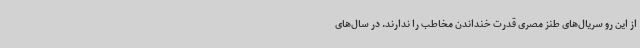
از این رو سریال‌های طنز مصری قدرت خنداندن مخاطب را ندارند. در سال‌های